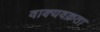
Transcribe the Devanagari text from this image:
वाक्यवक्रता